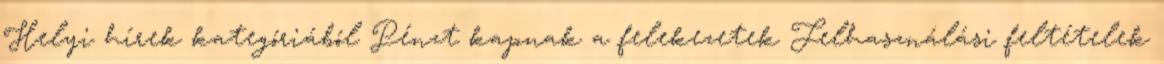
Helyi hírek kategóriából Pénzt kapnak a felekezetek Felhasználási feltételek